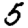
Digit: 5